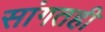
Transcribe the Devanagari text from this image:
सांगतही